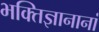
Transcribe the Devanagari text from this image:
भक्तिज्ञानानां